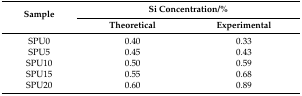
<table><thead><tr><td rowspan="2"><b>Sample</b></td><td colspan="2"><b>Si Concentration/%</b></td></tr><tr><td><b>Theoretical</b></td><td><b>Experimental</b></td></tr></thead><tbody><tr><td>SPU0</td><td>0.40</td><td>0.33</td></tr><tr><td>SPU5</td><td>0.45</td><td>0.43</td></tr><tr><td>SPU10</td><td>0.50</td><td>0.59</td></tr><tr><td>SPU15</td><td>0.55</td><td>0.68</td></tr><tr><td>SPU20</td><td>0.60</td><td>0.89</td></tr></tbody></table>